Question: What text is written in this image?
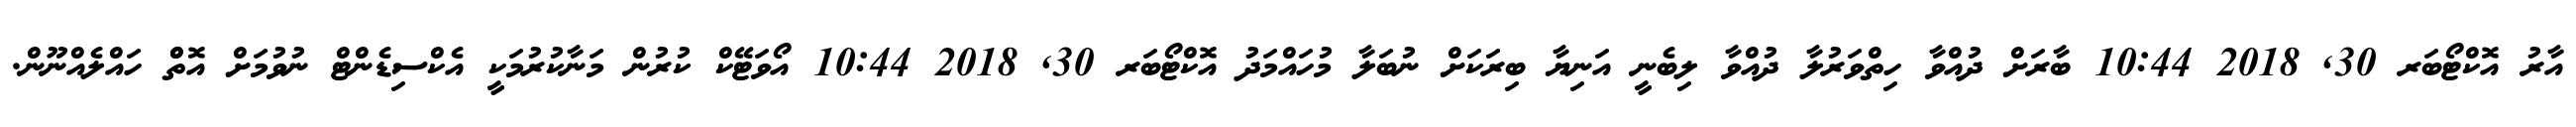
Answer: އާރު އޮކްޓޯބަރ 30, 2018 10:44 ބާރަށް ދުއްވާ ހިތްވަރުލާ ދުއްވާ ލިބެނީ އަނިޔާ ބިރަކަށް ނުބަލާ މުހައްމަދު އޮކްޓޯބަރ 30, 2018 10:44 އޯވަޓޭކް ކުރުން މަނާކުރުމަކީ އެކްސިޑެންޓް ނުވުމަށް އޮތްް ހައްލެއްނޫން.